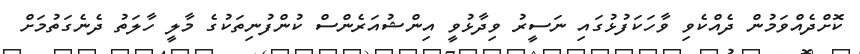
ކޮށްދެއްވަމުން ދެއްކެވި ވާހަކަފުޅުގައި ނަސީރު ވިދާޅުވީ އިންޝުއަރެންސް ކުންފުނިތަކުގެ މާލީ ހާލަތު ދެނެގަތުމަށް